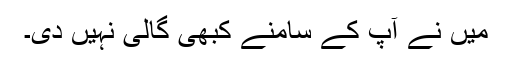
میں نے آپ کے سامنے کبھی گالی نہیں دی۔